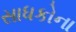
સાધકોના